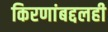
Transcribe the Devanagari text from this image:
किरणांबद्दलही